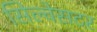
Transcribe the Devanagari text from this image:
सिल्वेसटर